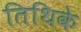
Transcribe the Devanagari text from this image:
तिथिके